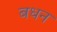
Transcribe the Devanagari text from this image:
बधन